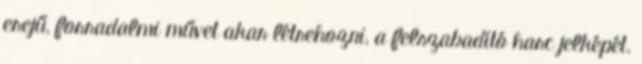
erejű, forradalmi művet akar létrehozni, a felszabadító harc jelképét.